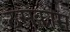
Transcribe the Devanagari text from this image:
ठसेकाम